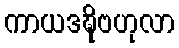
ကာယဒဍ္ဎိဗဟုလာ